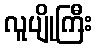
လူပျိုကြီး